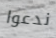
ندعوا